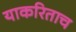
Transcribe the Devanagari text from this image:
याकरिताच